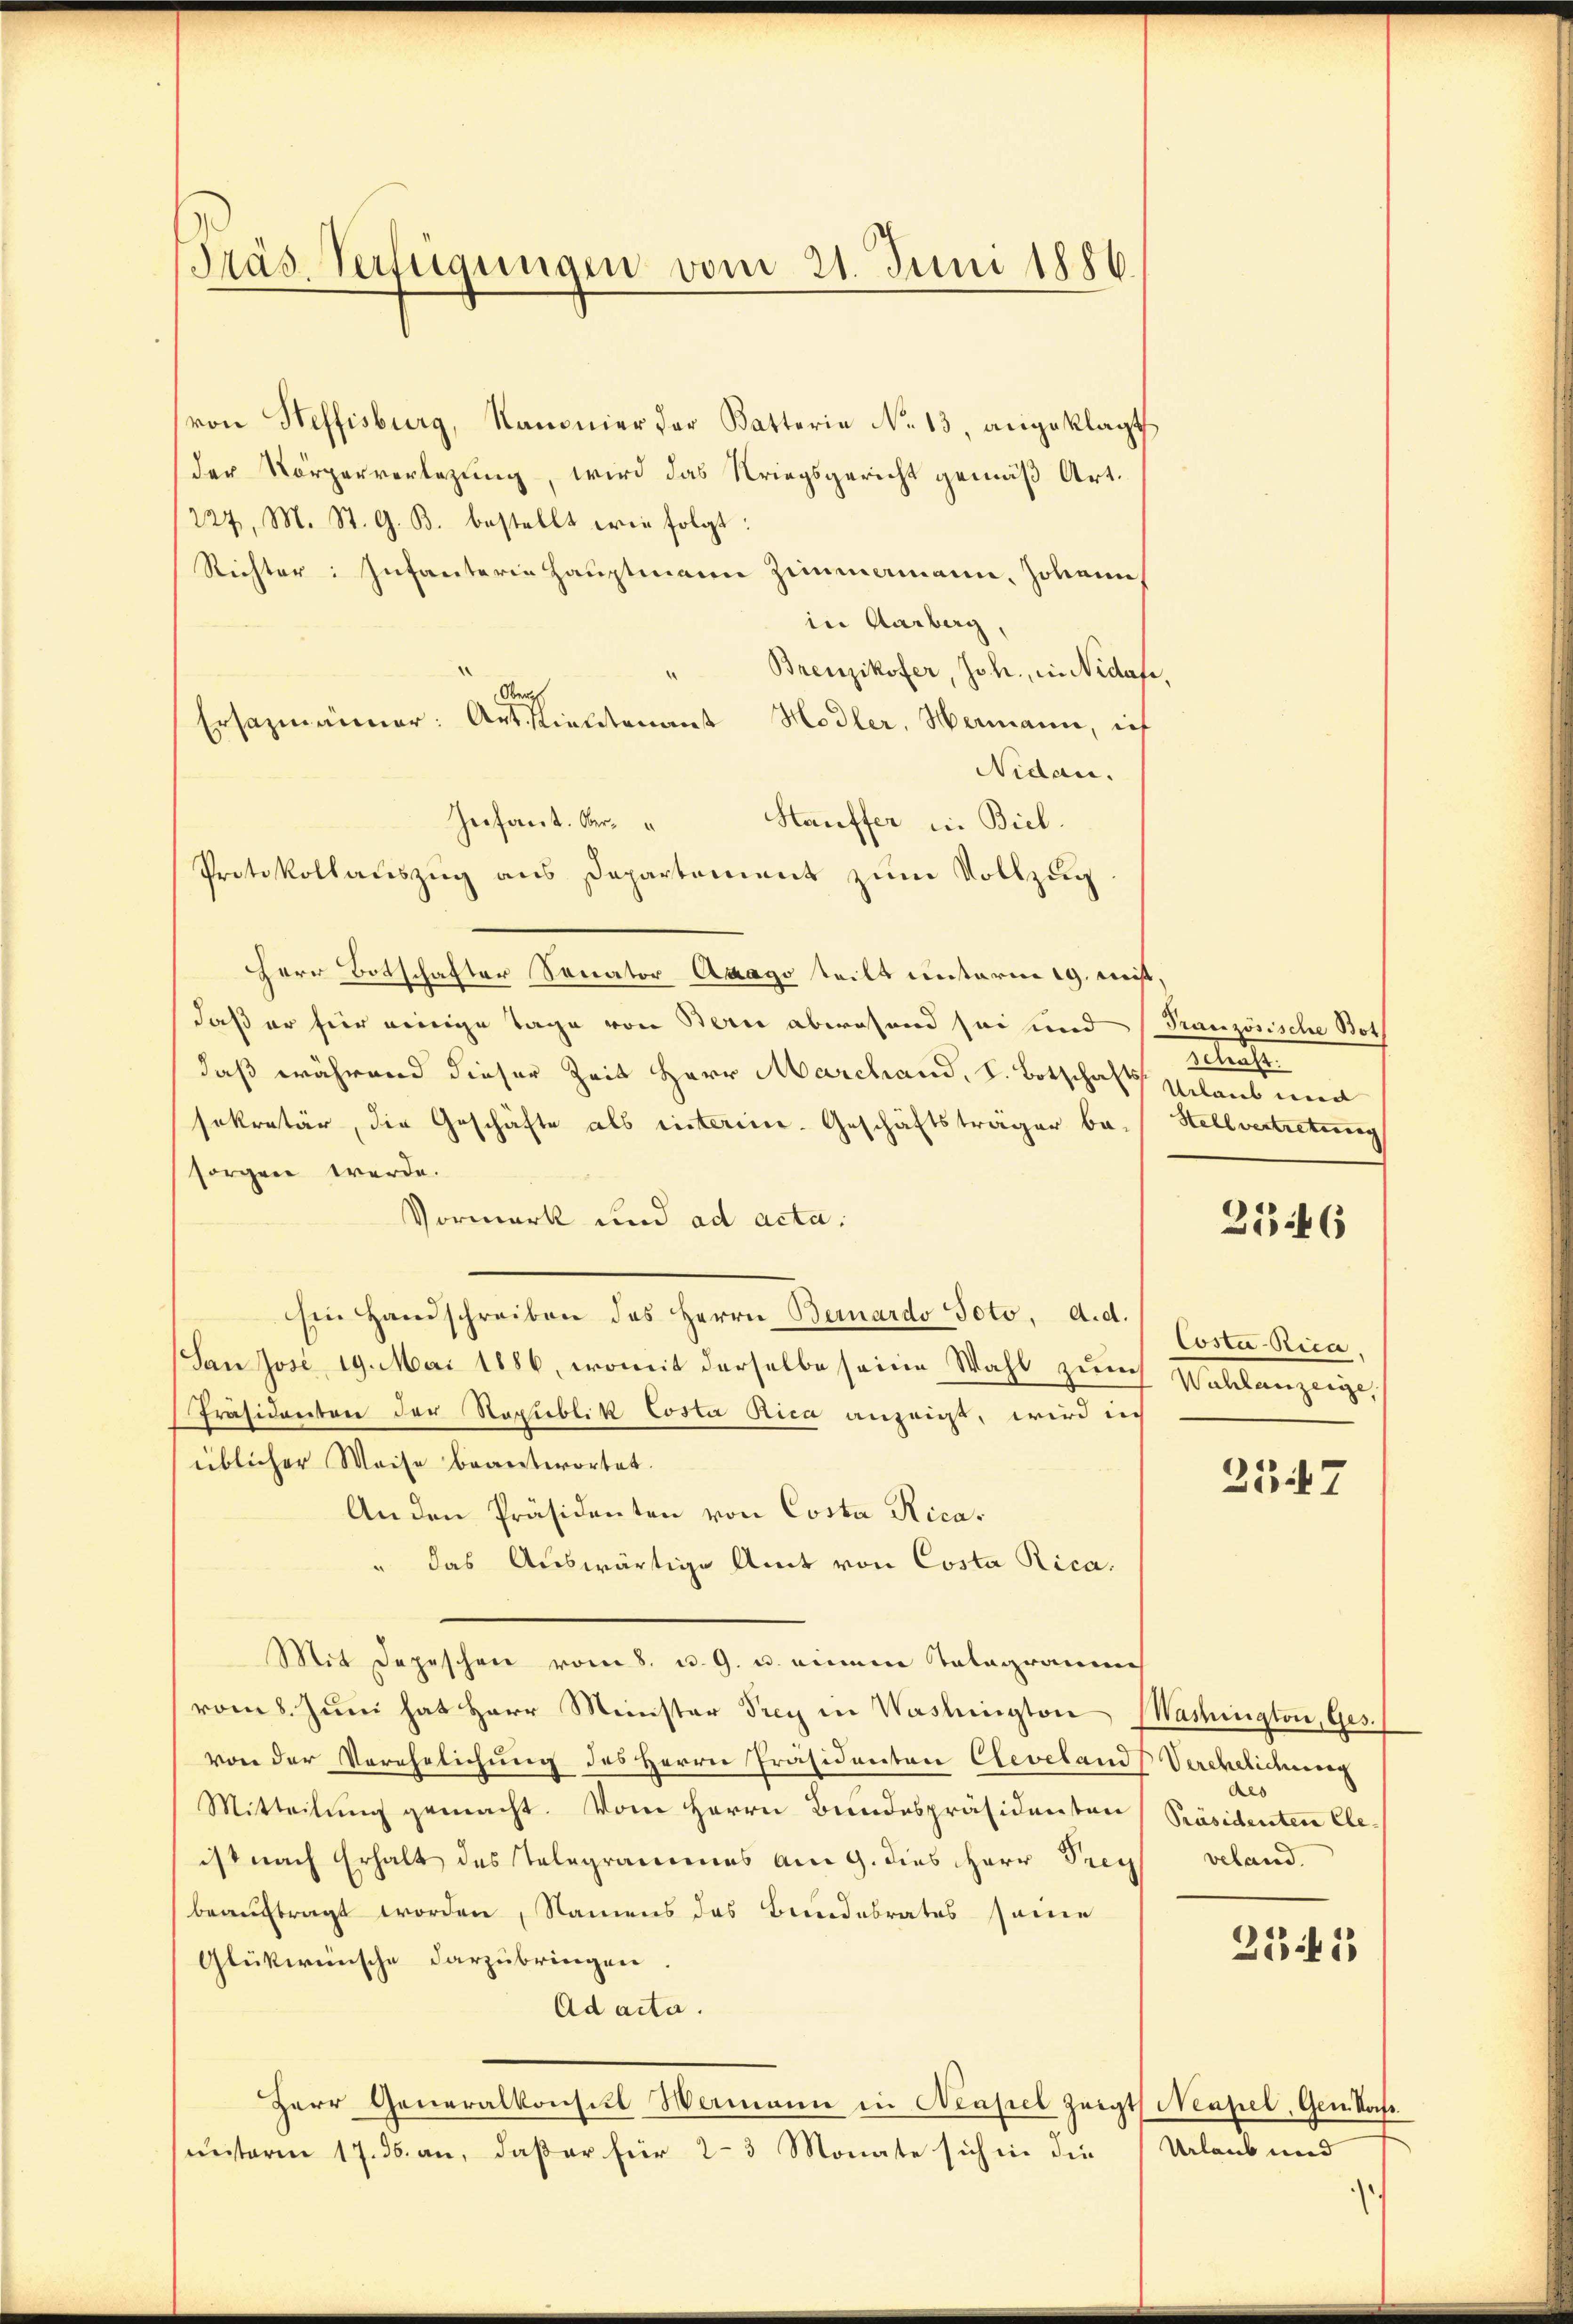
Präs. Verfügungen vom 21. Juni 1880.

von Steffisburg, Kammer der Batterie No. 13, angeklagt
der Körperverlegung, wird das Kriegsgericht gemäß Art.
227, M. St. G. B. bestellt wie folgt:
Richter: Infanterie Hauptmann Zimmamann, Johann
in Aarberg,
" Brenzikofer, Joh., in Nidafe
Oberst
Hodler, Hermann, ief
Nidau.
Zeifact. Ober¬
Hauffer in Biel.
Herr Botschafter Sanator Arago teilt unterm 19. Miß,
daß er für einige Tage von Bern abwesend sei und
daß während dieser Zeit Herr Marchand, s. Botschafts Urlaub wei
sekretär, die Geschäfte als interem. Geschäftsträger ba-Stellvertretung
sorgen werde.
Vormerk und ad acta.
Ein Handschreiben des Herrn Bernardo Foto, A. d.
San Jose, 19. Mai 1886, womit derselbe seine Wahl zur Wahlanzeige,
Präsidenten der Stapublik Costa Rica anzeigt, wird in
üblicher Weise beantwortet.
An den Präsidenten von Costa Ricadas Auswärtige Amt von Costa Rica.
Mit Depeschen vom 8. u. G. u. einem Talagramme
rom 8. Juni hat Herr Minister Prey in Washington Washington, Ges.
von der Verehelichung des Herrn Präsidenten Cleveland Verehelicherung
Mitteilung gemacht. Vom Herrn Bundespräsidenten
ist nach Erhalt des Telegrammes am 9. dies Herr Prey
beauftragt worden, Namens das Bundebrates seine
Glükwünsche darzubringen
Ad acta.
Herr Generalkonsul Wermann in Neapel zeigt Neapel, Gen. Vorst.
unterm 17. ds. an, daß er für 2-3 Monate sich in die

Ersazmänner: Art vieltenanst

Protokollaŭszŭg ans Departement zŭm Vollzug

Französische Bot
aeters

Costa-Rica.

Als
Präsidenten Ele-
veland.

Urlaub und

2546

257

251